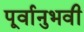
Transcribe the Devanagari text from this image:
पूर्वानुभवी